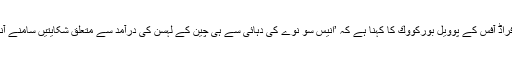
يورپي اینٹی فراڈ آفس کے پوویل بوركووك کا کہنا ہے کہ ’انیس سو نوے کی دہائی سے ہی چین کے لہسن کی درآمد سے متعلق شکایتیں سامنے آنے لگی تھیں۔